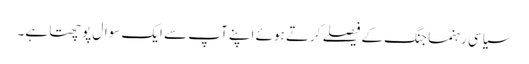
سیاسی رہنما جنگ کے فیصلے کرتے ہوئے اپنے آپ سے ایک سوال پوچھتا ہے۔